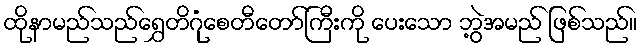
ထိုနာမည်သည်ရွှေတိဂုံစေတီတော်ကြီးကို ပေးသော ဘွဲ့အမည် ဖြစ်သည်။